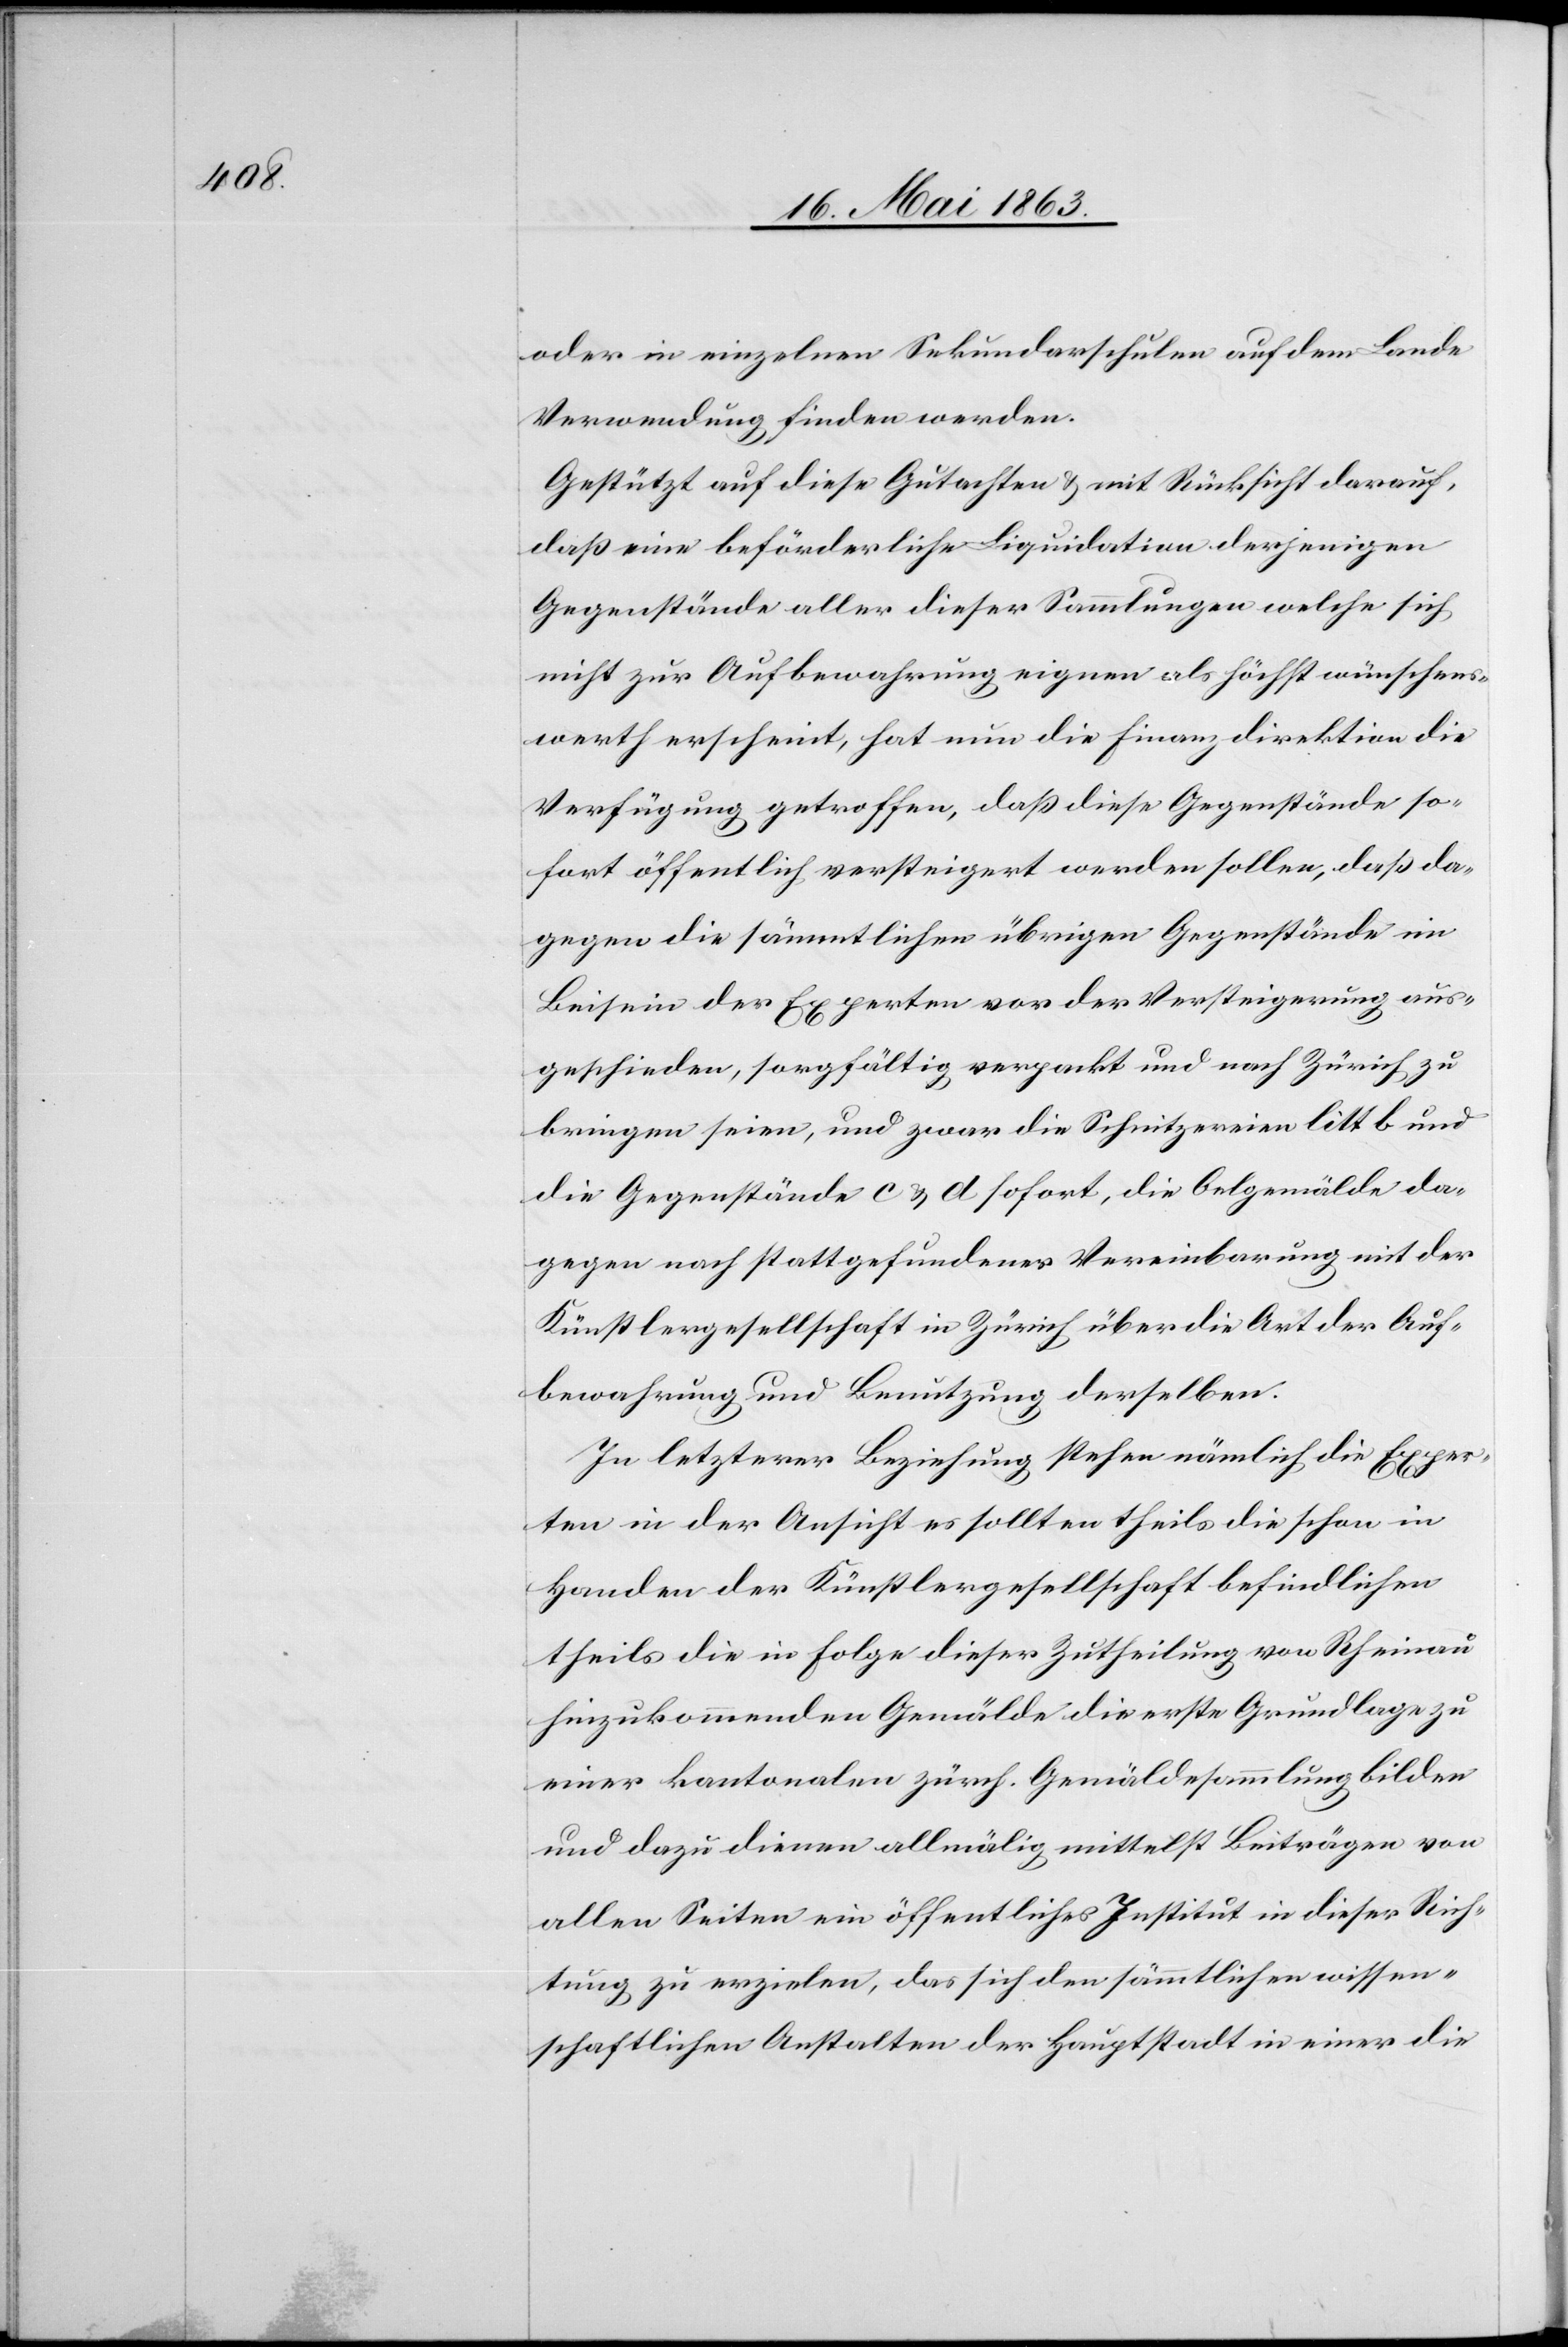
oder in einzelnen Sekundarschulen auf dem Lande
Verwendung finden werden.
Gestützt auf diese Gutachten & mit Rücksicht darauf,
daß eine beförderliche Liquidation derjenigen
Gegenstände aller dieser Sammlungen welche sich
nicht zur Aufbewahrung eignen als höchst wünschens¬
werth erscheint, hat nun die Finanzdirektion die
Verfügung getroffen, daß diese Gegenstände so¬
fort öffentlich versteigert werden sollen, daß da¬
gegen die sämmtlichen übrigen Gegenstände im
Beisein der Experten vor der Versteigerung aus¬
geschieden, sorgfältig verpackt und nach Zürich zu
bringen seien, und zwar die Schnitzereien litt b und
die Gegenstände c & d sofort, die Oelgemälde da¬
gegen nach stattgefundener Vereinbarung mit der
Künstlergesellschaft in Zürich über die Art der Auf¬
bewahrung und Benutzung derselben.
In letzterer Beziehung stehen nämlich die Exper¬
ten in der Ansicht es sollten theils die schon in
Handen der Künstlergesellschaft befindlichen
theils die in Folge dieser Zutheilung von Rheinau
hinzukommenden Gemälde die erste Grundlage zu
einer kantonalen zürch. Gemäldesammlung bilden
und dazu dienen allmälig mittelst Beiträgen von
allen Seiten ein öffentliches Institut in dieser Rich¬
tung zu erzielen, das sich den sämmtlichen wissen¬
schaftlichen Anstalten der Hauptstadt in einer die